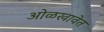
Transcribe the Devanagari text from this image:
ओळखावेत